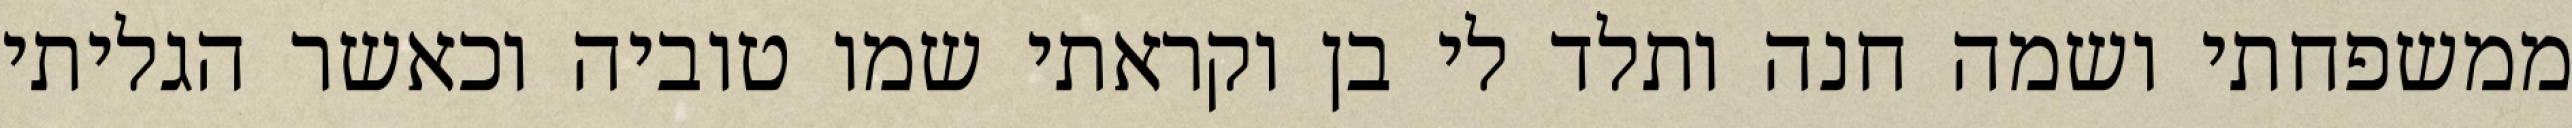
ממשפחתי ושמה חנה ותלד לי בן וקראתי שמו טוביה וכאשר הגליתי